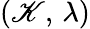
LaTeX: (\mathscr{K},\, \lambda)